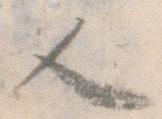
人